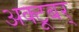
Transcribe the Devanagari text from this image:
अक्टूबर्